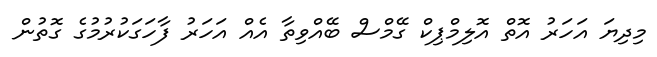
މިދިޔަ އަހަރު އޮތް އޮލިމްޕިކް ގޭމްސް ބޭއްވިތާ އެއް އަހަރު ފާހަގަކުރުމުގެ ގޮތުން